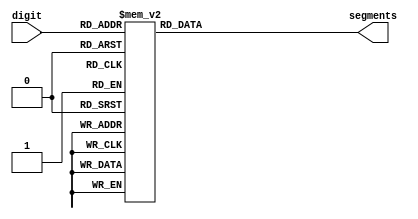
module seven_segment_display(
  input[3:0] digit,
  output reg [6:0] segments
);

  always @(digit) begin
    case (digit)
      4'b0000: segments = 7'b1000000;
      4'b0001: segments = 7'b1111001;
      4'b0010: segments = 7'b0100100;
      4'b0011: segments = 7'b0110000;
      4'b0100: segments = 7'b0011001;
      4'b0101: segments = 7'b0010010;
      4'b0110: segments = 7'b0000010;
      4'b0111: segments = 7'b1111000;
      4'b1000: segments = 7'b0000000;
      4'b1001: segments = 7'b0010000;
      4'b1010: segments = 7'b0001000;
      4'b1011: segments = 7'b0000011;
      4'b1100: segments = 7'b1000110;
      4'b1101: segments = 7'b0100001;
      4'b1110: segments = 7'b0000110;
		4'b1111: segments = 7'b0001110;
      
    endcase
  end

endmodule